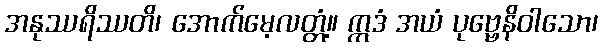
အနုဿရိဿတိ၊ အောက်မေ့လတ္တံ့။ ဣဒံ အယံ ပုဗ္ဗေနိဝါသော၊